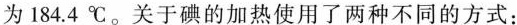
为184.4℃。关于碘的加热使用了两种不同的方式：